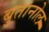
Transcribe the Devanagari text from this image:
बुतानोल